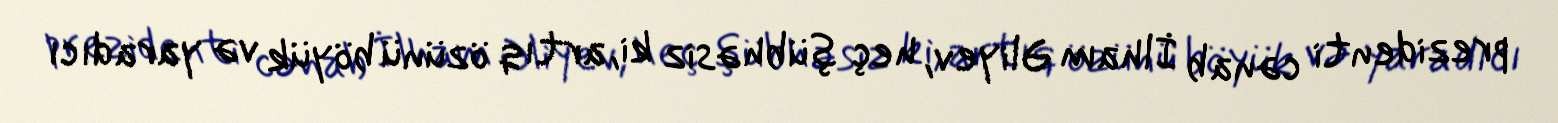
prezidenti cənab İlham Əliyev, heç şübhəsiz ki, artıq özünü böyük və yaradıcı